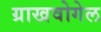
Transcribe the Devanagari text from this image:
ग्राखवोगेल